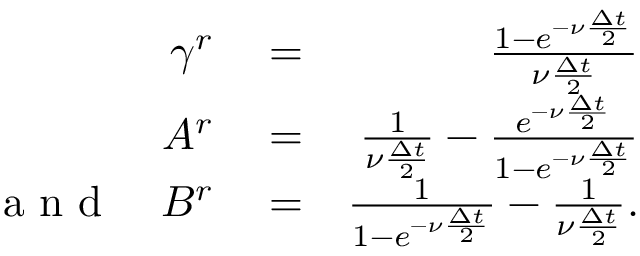
\begin{array} { r l r } { \gamma ^ { r } } & { { } = } & { \frac { 1 - e ^ { - \nu \frac { \Delta t } { 2 } } } { \nu \frac { \Delta t } { 2 } } } \\ { A ^ { r } } & { { } = } & { \frac { 1 } { \nu \frac { \Delta t } { 2 } } - \frac { e ^ { - \nu \frac { \Delta t } { 2 } } } { 1 - e ^ { - \nu \frac { \Delta t } { 2 } } } } \\ { \textrm { a n d } \quad B ^ { r } } & { { } = } & { \frac { 1 } { 1 - e ^ { - \nu \frac { \Delta t } { 2 } } } - \frac { 1 } { \nu \frac { \Delta t } { 2 } } . } \end{array}